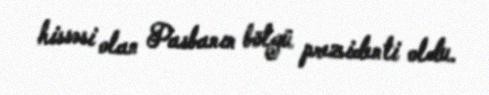
hissəsi olan Pasbanın bölgü prezidenti oldu.